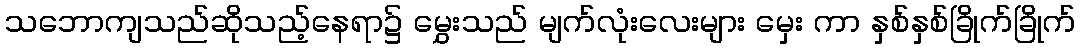
သဘောကျသည်ဆိုသည့်နေရာ၌ မွှေးသည် မျက်လုံးလေးများ မှေး ကာ နှစ်နှစ်ခြိုက်ခြိုက်